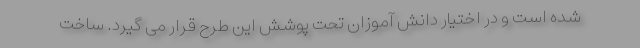
شده است و در اختیار دانش آموزان تحت پوشش این طرح قرار می گیرد. ساخت